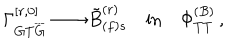
\Gamma _ { G T \overline { { { G } } } } ^ { [ r , 0 ] } \longrightarrow { \tilde { B } } _ { ( f ) s } ^ { ( r ) } \quad \mathrm { { i n } } \quad \Phi _ { T T } ^ { ( B ) } \, ,